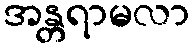
အန္တရာမလာ